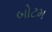
બોટમ